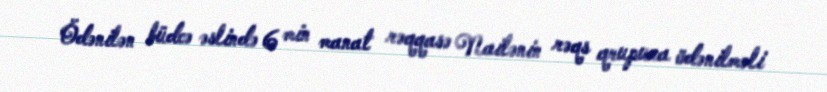
Ödənilən büdcə əslində 6 min manat rəqqasə Nailənin rəqs qrupuna ödənilməli